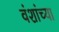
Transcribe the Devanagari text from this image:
वंशांच्या